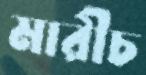
মারীচ